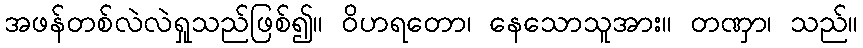
အဖန်တစ်လဲလဲရှုသည်ဖြစ်၍။ ဝိဟရတော၊ နေသောသူအား။ တဏှာ၊ သည်။